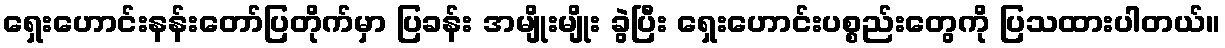
ရှေးဟောင်းနန်းတော်ပြတိုက်မှာ ပြခန်း အမျိုးမျိုး ခွဲပြီး ရှေးဟောင်းပစ္စည်းတွေကို ပြသထားပါတယ်။